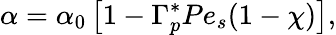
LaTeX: \alpha=\alpha_{0}\left[1-\Gamma_{p}^{\ast}Pe_{s}(1-\chi)\right],